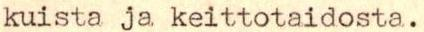
kuista ja keittotaidosta.